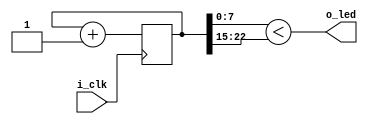
////////////////////////////////////////////////////////////////////////////////
//
//
// Project:	Verilog Tutorial Example file
//
// Purpose:	LED project to adjust the brightness of an LED.
//
//	Unlike the other projects in this directory, this one does not contain
//	a Verilator script, nor a Makefile.  Hopefully you have learned by this
//	point in time to create them yourself.  If not, please look back
//	at the other similar files and copy and paste as necessary to do so.
//
// Creator:	Dan Gisselquist, Ph.D.
//		Gisselquist Technology, LLC
//
////////////////////////////////////////////////////////////////////////////////
//
// Written and distributed by Gisselquist Technology, LLC
//
// This program is hereby granted to the public domain.
//
// This program is distributed in the hope that it will be useful, but WITHOUT
// ANY WARRANTY; without even the implied warranty of MERCHANTIBILITY or
// FITNESS FOR A PARTICULAR PURPOSE.
//
////////////////////////////////////////////////////////////////////////////////
//
//
`default_nettype none
//
module dimmer(i_clk, o_led);
	input	wire	i_clk;
	output	wire	o_led;

	reg	[22:0]	counter;

	always @(posedge i_clk)
		counter <= counter + 1;

	assign	o_led = (counter[7:0]
		         < counter[22:15]);
endmodule